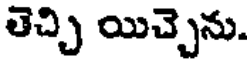
తెచ్చి యిచ్చెను.